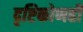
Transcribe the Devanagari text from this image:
दृष्टिकोणही